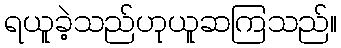
ရယူခဲ့သည်ဟုယူဆကြသည်။